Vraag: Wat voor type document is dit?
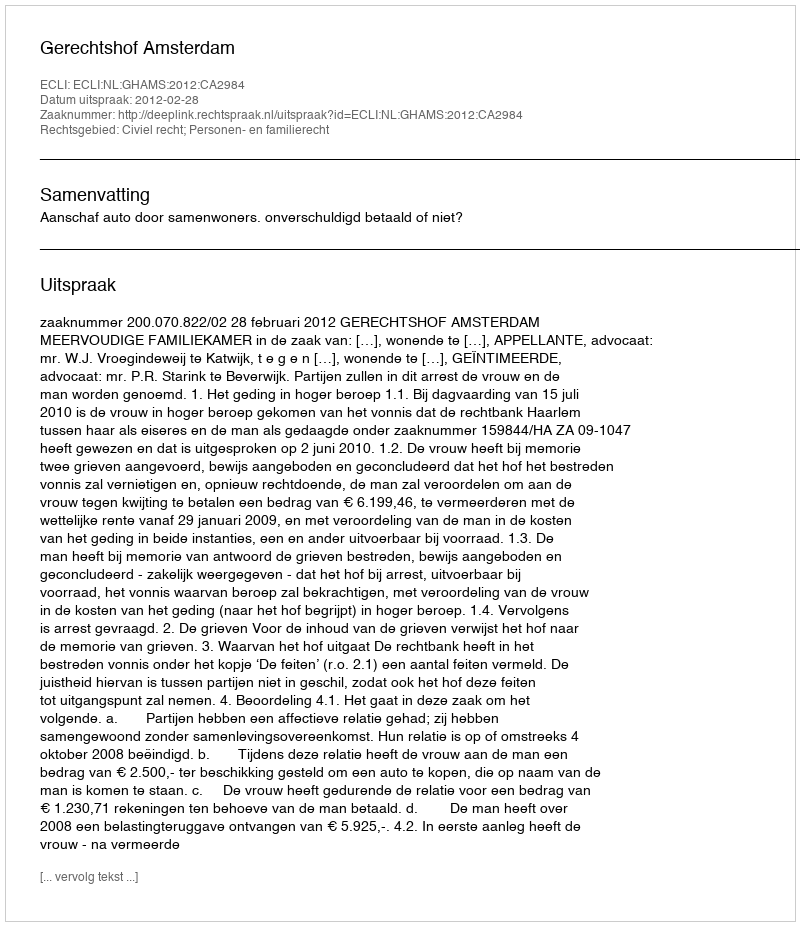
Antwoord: Uitspraak